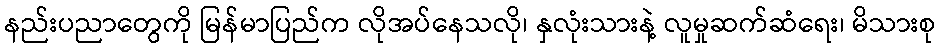
နည်းပညာတွေကို မြန်မာပြည်က လိုအပ်နေသလို၊ နှလုံးသားနဲ့ လူမှုဆက်ဆံရေး၊ မိသားစု